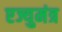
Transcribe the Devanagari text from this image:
एज्युमंत्र